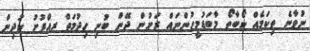
ނުވާނެ ތިކަމެއް ކޯބާތޯ މާބަޑުމީހުންނައް ރަށުން ދޭން ބުނި ހިދުމަތް ރއްފުށު ކުދިން